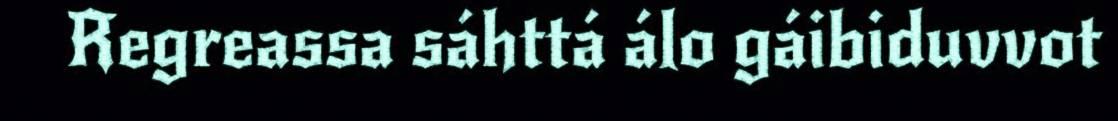
Regreassa sáhttá álo gáibiduvvot